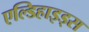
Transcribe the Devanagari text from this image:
एल्डिहाइड्स